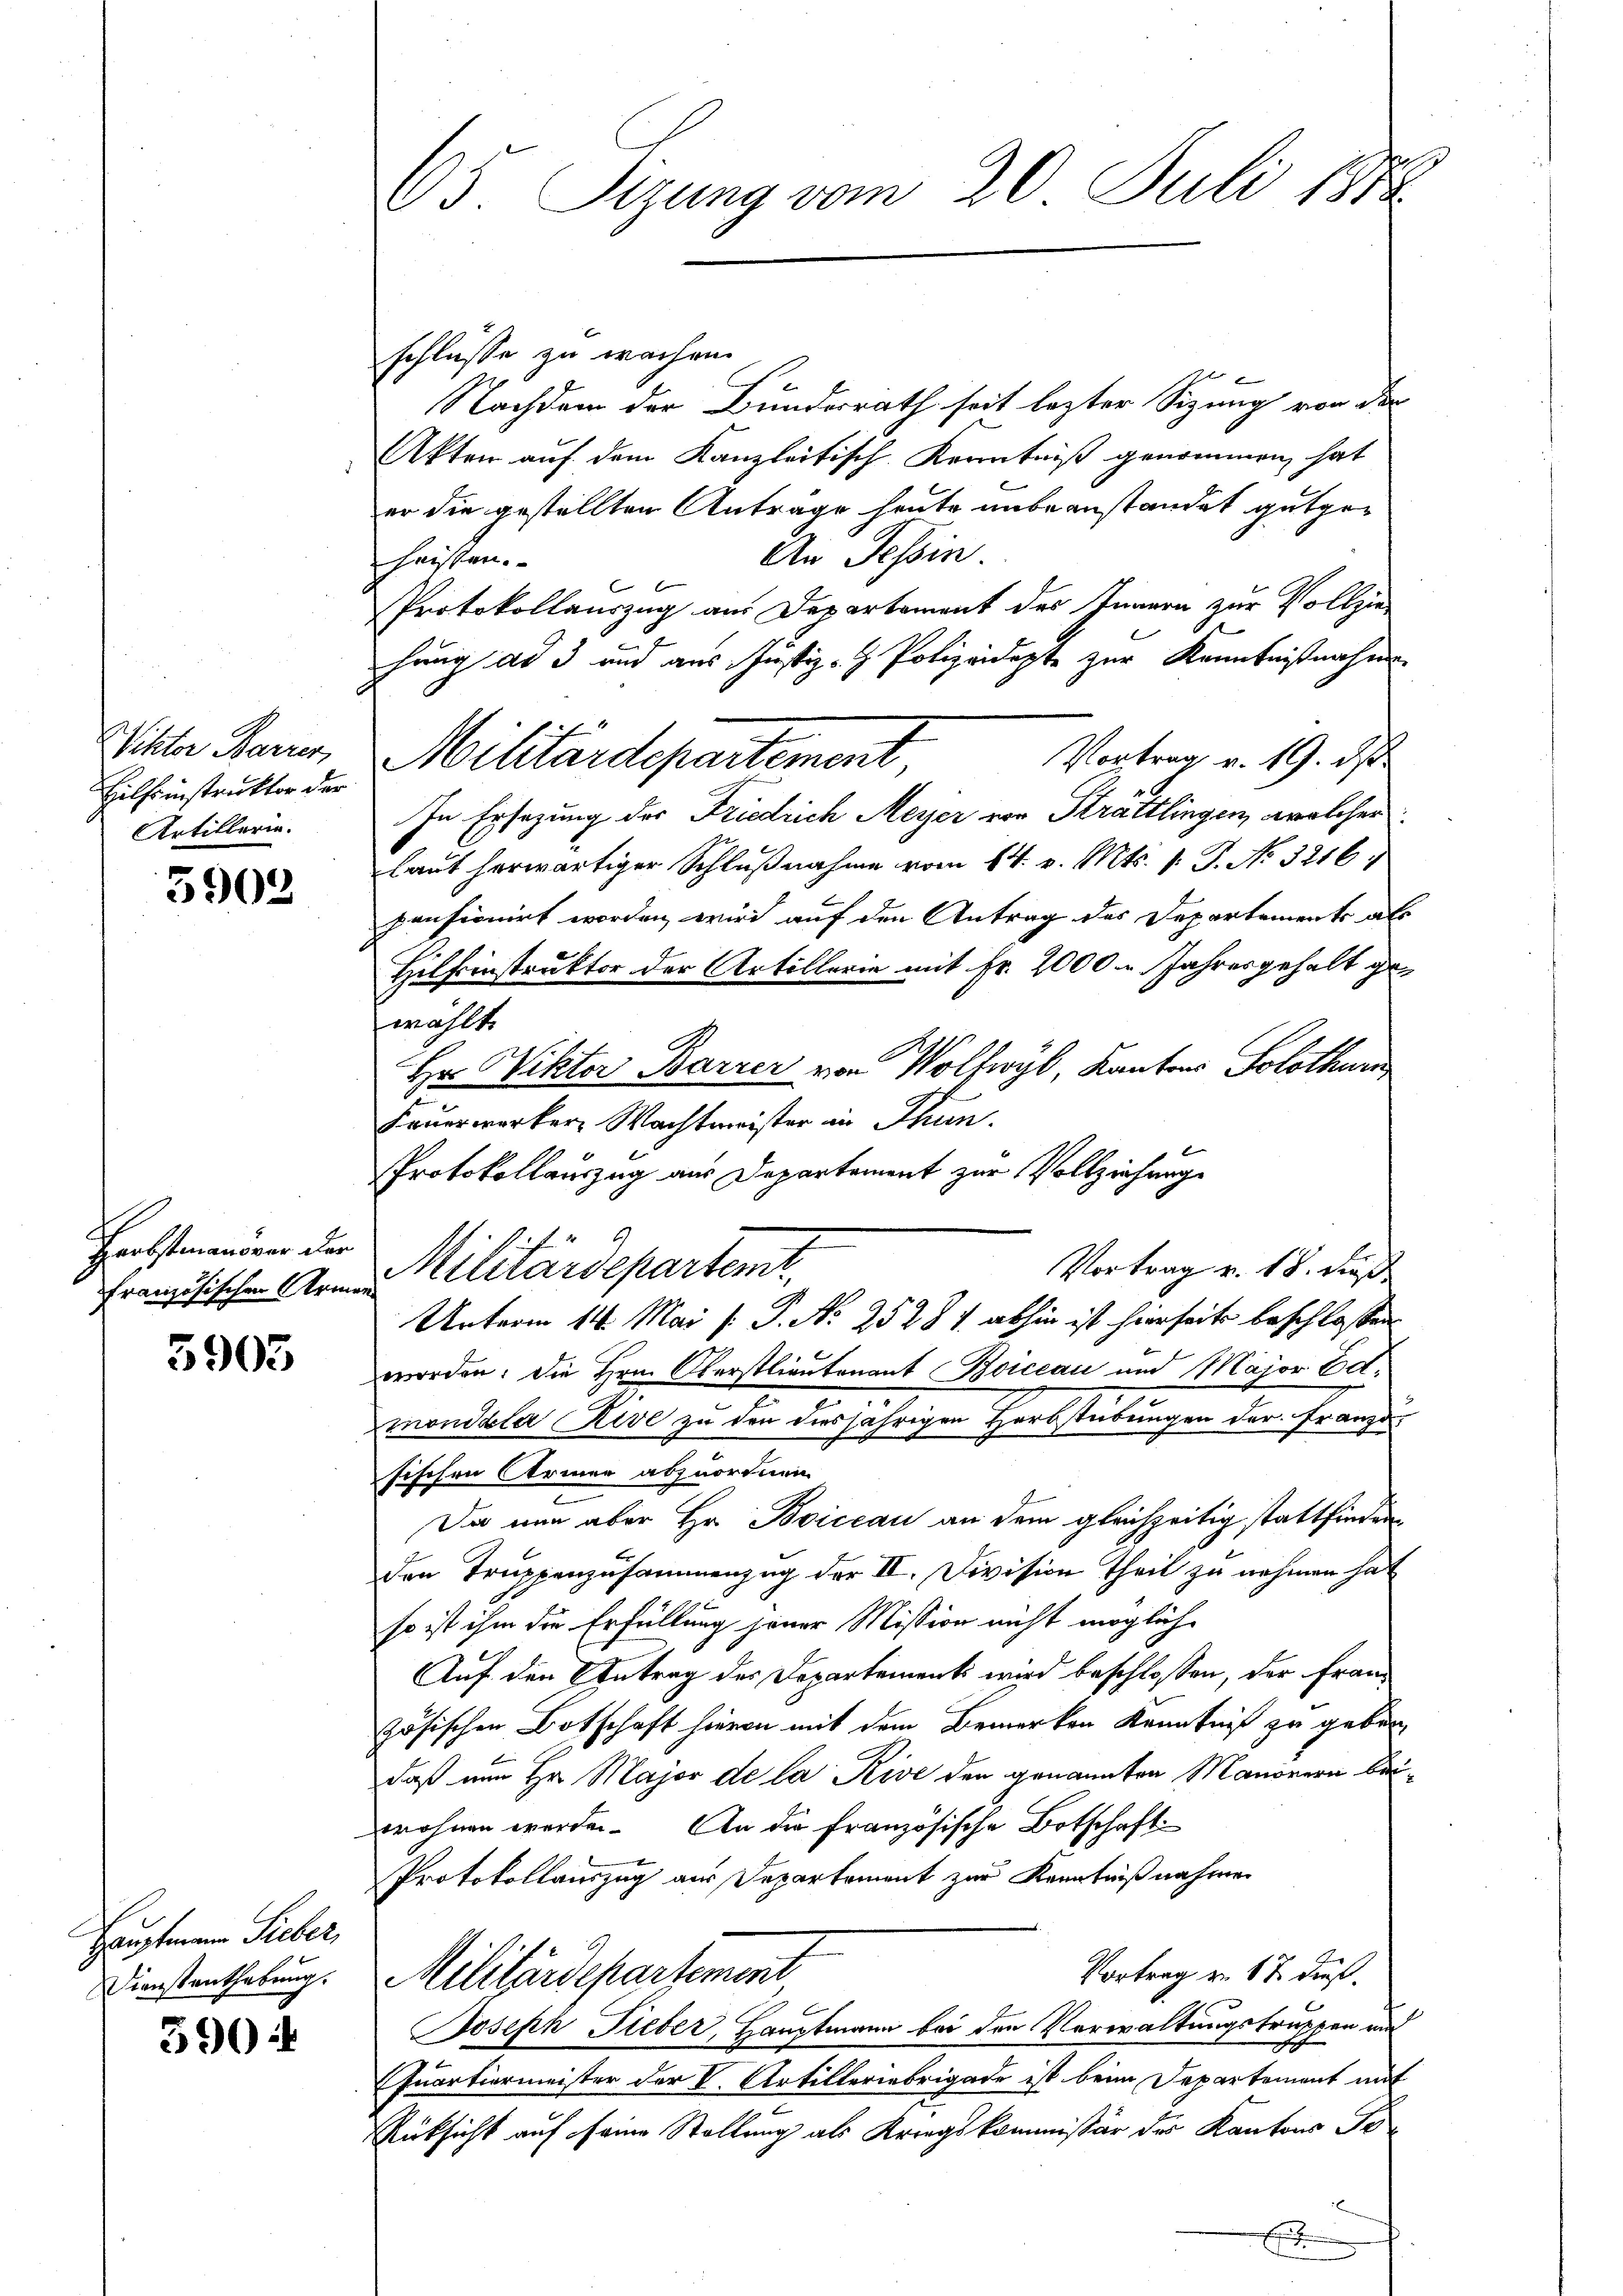
WViktor Barrer,
Hilfsinstruktor der
Artillerie.

3903

Herbstmanover der

3905

Hauptmann Sieber,
Dienstenthebung.

590

schlüsse zu wachen.
Nachdem der Bundesrath seit lezter Sitzung von der
Akten auf dem Kanzleitisch-Kenntniß genommen hat
er die gestellten Anträge heute unbeanstandet gutge¬
An Tessin.
haissen.
Protokollauszug am Departement des Innern zur Vollziet
hang ad 3 und aus Justiz- & Polizeidigte zur Kenntnißnahme
Vortrag v. 19. ds
In Ersezung der Friedrich Meyer von Strättlingen, welcher
laut herwärtiger Schlußnahme vom 14. v. Mts. v. J. No. 32161
pensionirt worden wird auf den Antrag des Departements als
Hilfinstruktor der Artillerin mit Fr. 2000 u. Jahresgehalt gewählt
Hr. Viktor Barrer von Wolfwyl, Kantons Solothurn
Feuerwerker Wachtmeister in Thun.
worden. Die Hrn. Oberstlieutenant Boiccau und Major Ed.
nonddle Rive zu den diesjährigen Herbstübungen der Franze
sischen Armen abzuordnen.
.
Da nun aber Hr. Boiccau an dem gleichzeitig stattfinden
den Truppenzusammenzug der II. Division Theil zu nehmen hat
so ist ihm die Erfüllung jener Mission nicht mögliche
Auf den Antrag des Departementi wird beschlossen, der französischen Botschaft hievon mit dem Bemerken Kenntniß zu geben,
daß nun Hr. Major de la Rive den genannten Manonern beiwohnen werden. An die französische Botschaft
Protokollauszug aus Departement zur Kenntnißnahmen
Vortrag von 17. dieß.
Militärdepartement
Joseph Fieber, Hauptmann bei den Verwaltungstruppen und
Quartiermeister der L. Artilleriebrigade ist beim Departement mit
Rücksicht auf seine Stellung als Kriegskommissär des Kantons Po¬
E

65. Sizung vom 20. Juli 1878

Militärdepartement

Protokollauszug aus Departement zur Vollziehung
Vortrag v. 18. dieß
Französischen Armen Militärdepartemt
Unterm 14. Mai [ P. No 25281. abhin ist hierseits beschlossen

2